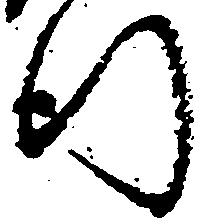
行